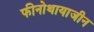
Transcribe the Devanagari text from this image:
फीनोथायाजीन